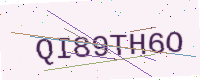
Text: QI89TH6O